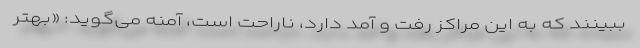
ببینند که به این مراکز رفت و آمد دارد، ناراحت است، آمنه می‌گوید: «بهتر